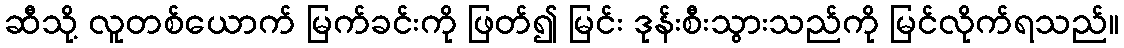
ဆီသို့ လူတစ်ယောက် မြက်ခင်းကို ဖြတ်၍ မြင်း ဒုန်းစီးသွားသည်ကို မြင်လိုက်ရသည်။